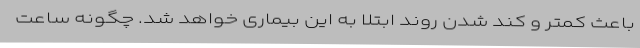
باعث کمتر و کند شدن روند ابتلا به این بیماری خواهد شد. چگونه ساعت